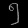
Digit: ၅